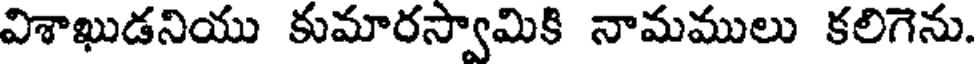
విశాఖుడనియు కుమారస్వామికి నామములు కలిగెను.